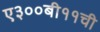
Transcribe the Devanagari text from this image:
ए३००बी११ची